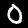
Label: 0